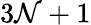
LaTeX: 3\mathcal{N}+1